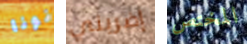
نونا إضربني المختص